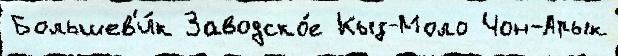
Большев'и́к Заводско́е Кыз-Моло Чон-Арык